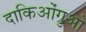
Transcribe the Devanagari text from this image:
दाकिओंगुओ